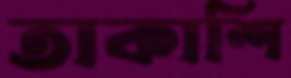
তাকাশি